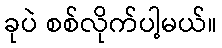
ခုပဲ စစ်လိုက်ပါ့မယ်။